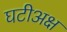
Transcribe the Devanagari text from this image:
घटीअक्ष